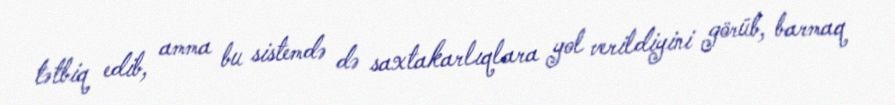
tətbiq edib, amma bu sistemdə də saxtakarlıqlara yol verildiyini görüb, barmaq